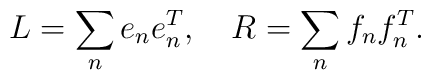
L=\sum_{n}e_{n}e_{n}^T,\quad R=\sum_{n}f_{n}f_{n}^T.